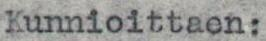
Kunnioittaen: